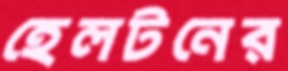
হেলটনের